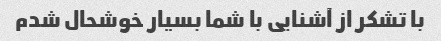
با تشکر از آشنایی با شما بسیار خوشحال شدم